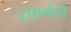
દલાલીની